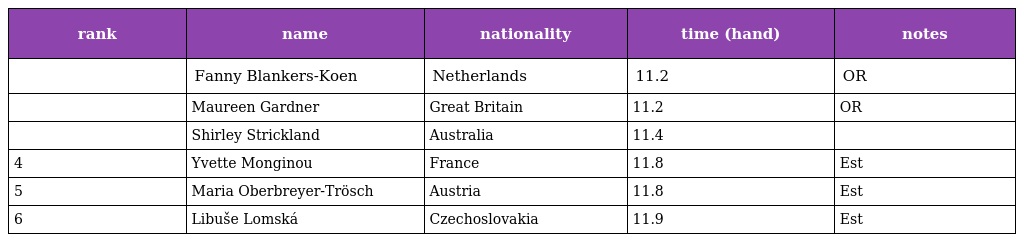
| rank | name | nationality | time (hand) | notes |
 | --- | --- | --- | --- | --- |
 |  | Fanny Blankers-Koen | Netherlands | 11.2 | OR |
 |  | Maureen Gardner | Great Britain | 11.2 | OR |
 |  | Shirley Strickland | Australia | 11.4 |  |
 | 4 | Yvette Monginou | France | 11.8 | Est |
 | 5 | Maria Oberbreyer-Trösch | Austria | 11.8 | Est |
 | 6 | Libuše Lomská | Czechoslovakia | 11.9 | Est |